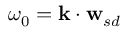
\omega _ { 0 } = \mathbf { k } \cdot \mathbf { w } _ { s d }